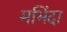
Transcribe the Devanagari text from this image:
मभिंदा